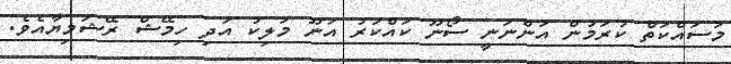
މަސައްކަތް ކުރަމުން އަންނަނީ ސޯނޫ ކައްކަރު އަނޫ މަލިކު އަދި ހިމޭޝް ރޭޝަމިޔާއެވެ.